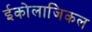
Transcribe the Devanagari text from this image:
ईकोलाजिकल